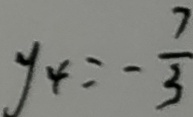
y _ { 4 } = - \frac { 7 } { 3 }